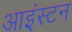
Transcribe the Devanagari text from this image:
आइंस्टन